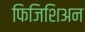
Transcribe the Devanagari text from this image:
फिजिशिअन